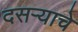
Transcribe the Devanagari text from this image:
दसऱ्याचे